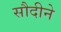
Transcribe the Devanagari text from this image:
सौदीने